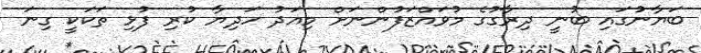
ބަޔާނުގައި ބުނީ ދިރާގުގެ މުވައްޒަފުންނަށް މިއަދު ހަދިޔާ ކުރި ފުޅި ތަކަކީ ގިނަ